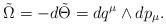
LaTeX: \begin{align*}\tilde \Omega = -d\tilde\Theta = dq^\mu \wedge dp_\mu.\end{align*}